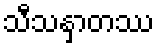
သီသနှာတဿ